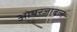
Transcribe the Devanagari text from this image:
ओयरजाबल